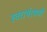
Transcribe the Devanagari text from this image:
स्वरार्थरमणी